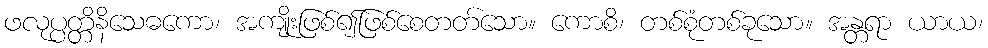
ဖလုပ္ပတ္တိနိသေဓကော၊ အကျိုးဖြစ်၍ဖြစ်စေတတ်သော။ ကောစိ၊ တစ်စုံတစ်ခုသော။ အန္တရာ ယာယ၊